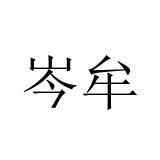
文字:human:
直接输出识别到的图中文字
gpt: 岑牟